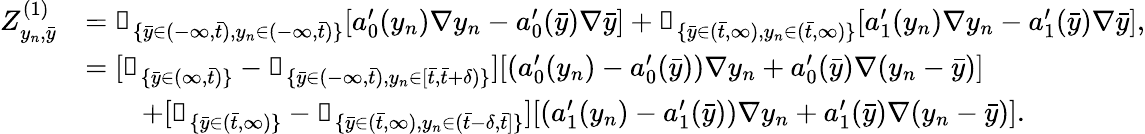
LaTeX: \begin{array}{rl}{Z_{y_{n},\bar{y}}^{(1)}}&{=\mathbb{1}_{\{ \bar{y}\in(-\infty,\bar{t}),y_{n}\in(-\infty,\bar{t})\} }[a_{0}^{\prime}(y_{n})\nabla y_{n}-a_{0}^{\prime}(\bar{y})\nabla\bar{y}]+\mathbb{1}_{\{ \bar{y}\in(\bar{t},\infty),y_{n}\in(\bar{t},\infty)\} }[a_{1}^{\prime}(y_{n})\nabla y_{n}-a_{1}^{\prime}(\bar{y})\nabla\bar{y}],}\\ &{=[\mathbb{1}_{\{ \bar{y}\in(\infty,\bar{t})\} }-\mathbb{1}_{\{ \bar{y}\in(-\infty,\bar{t}),y_{n}\in[\bar{t},\bar{t}+\delta)\} }][(a_{0}^{\prime}(y_{n})-a_{0}^{\prime}(\bar{y}))\nabla y_{n}+a_{0}^{\prime}(\bar{y})\nabla(y_{n}-\bar{y})]}\\ &{\qquad+[\mathbb{1}_{\{ \bar{y}\in(\bar{t},\infty)\} }-\mathbb{1}_{\{ \bar{y}\in(\bar{t},\infty),y_{n}\in(\bar{t}-\delta,\bar{t}]\} }][(a_{1}^{\prime}(y_{n})-a_{1}^{\prime}(\bar{y}))\nabla y_{n}+a_{1}^{\prime}(\bar{y})\nabla(y_{n}-\bar{y})].}\end{array}